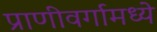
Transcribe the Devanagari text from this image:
प्राणीवर्गामध्ये